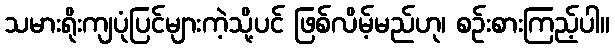
သမားရိုးကျပုံပြင်များကဲ့သို့ပင် ဖြစ်လိမ့်မည်ဟု၊ စဉ်းစားကြည့်ပါ။